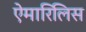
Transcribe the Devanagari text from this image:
ऐमारिलिस